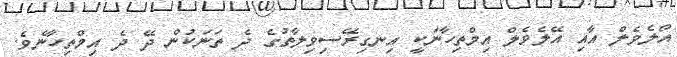
އޯލެވެލް އާއި އޭލެވެލް އިމްތިހާނަކީ އިނގިރޭސިވިލާތުގެ ދެ ތަނަކުން ދޭ ދެ އިމްތިހާނެވެ.